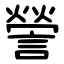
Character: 謍